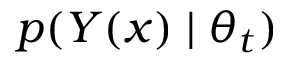
p ( Y ( x ) \mid \theta _ { t } )